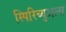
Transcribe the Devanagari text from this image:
स्पिरिच्युअल्स